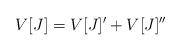
LaTeX: \begin{align*} V[J]=V[J]' + V[J]''\end{align*}